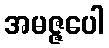
အမဇ္ဇပေါ